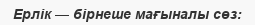
Ерлік — бірнеше мағыналы сөз: